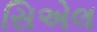
સિએલ